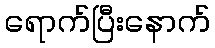
ရောက်ပြီးနောက်